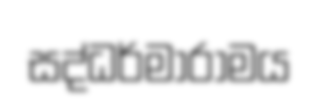
සද්ධර්මාරාමය